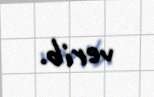
verib.